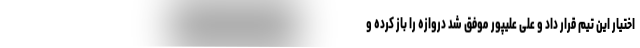
اختیار این تیم قرار داد و علی علیپور موفق شد دروازه را باز کرده و